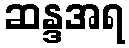
ဆန္ဒအရ